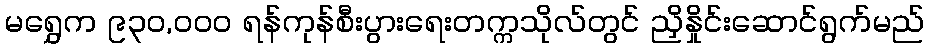
မရွှေက ၉၃၀,ဝဝဝ ရန်ကုန်စီးပွားရေးတက္ကသိုလ်တွင် ညှိနှိုင်းဆောင်ရွက်မည်